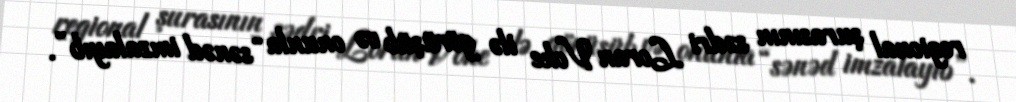
regional şurasının sədri Loran Voke ilə görüşüb və onunla “sənəd imzalayıb”.